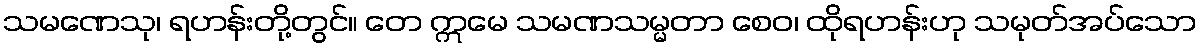
သမဏေသု၊ ရဟန်းတို့တွင်။ တေ ဣမေ သမဏသမ္မတာ စေဝ၊ ထိုရဟန်းဟု သမုတ်အပ်သော